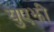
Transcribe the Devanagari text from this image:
युएझी